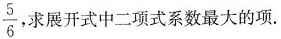
$$\frac{5}{6}$$ 求开式中二项式系数最大的项。